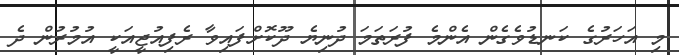
މި އަހަރުގެ ކަނޑުވެގެން އެންމެ ފުރަތަމަ ދުނިޔެ ދޫކޮށްފައިވާ ރެފިއުޖީއަކީ އުމުރުން ދެ